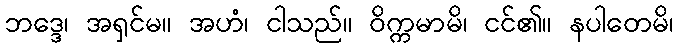
ဘဒ္ဒေ၊ အရှင်မ။ အဟံ၊ ငါသည်။ ဝိက္ကမာမိ၊ ငင်၏။ နပါတေမိ၊